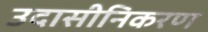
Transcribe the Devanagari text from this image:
उदासीनिकरण